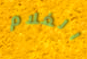
الغلام